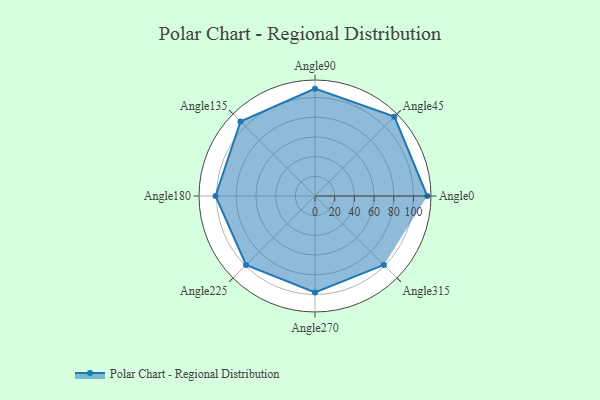
{"axis": {"x": "Angle", "y": "Radius"}, "legend": [""], "data": [{"x": "Angle0", "y": 114.0, "type": ""}, {"x": "Angle45", "y": 114.0, "type": ""}, {"x": "Angle90", "y": 109.0, "type": ""}, {"x": "Angle135", "y": 107.0, "type": ""}, {"x": "Angle180", "y": 101.0, "type": ""}, {"x": "Angle225", "y": 99.0, "type": ""}, {"x": "Angle270", "y": 98.0, "type": ""}, {"x": "Angle315", "y": 99.0, "type": ""}]}